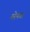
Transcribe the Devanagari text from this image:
रुरेनचा